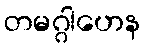
တမဂ္ဂါဟေန